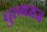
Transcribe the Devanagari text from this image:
पुरुषराज